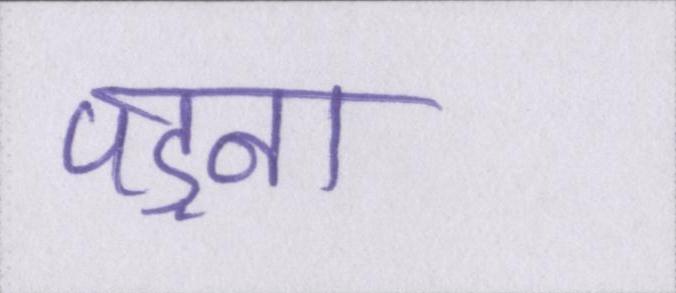
पड़ना